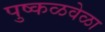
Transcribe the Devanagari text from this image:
पुष्कळवेळा